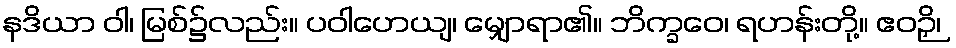
နဒိယာ ဝါ၊ မြစ်၌လည်း။ ပဝါဟေယျ၊ မျှောရာ၏။ ဘိက္ခဝေ၊ ရဟန်းတို့။ ဧဝဉှိ၊